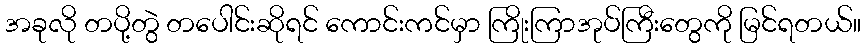
အခုလို တပို့တွဲ တပေါင်းဆိုရင် ကောင်းကင်မှာ ကြိုးကြာအုပ်ကြီးတွေကို မြင်ရတယ်။